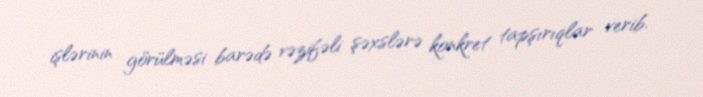
işlərinin görülməsi barədə vəzifəli şəxslərə konkret tapşırıqlar verib.